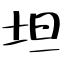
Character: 坦